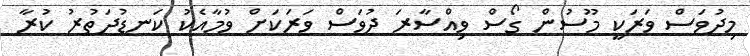
މިދުވަސް ވަރަކީ މޫސުން ގޯސް ވިއްސާރަ ދުވަސް ވަރަކަށް ވުމާއެކު ކަނޑުދަތުރު ކުރާ